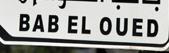
bab